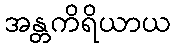
အန္တကိရိယာယ